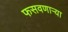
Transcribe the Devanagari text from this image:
फसवणार्‍या